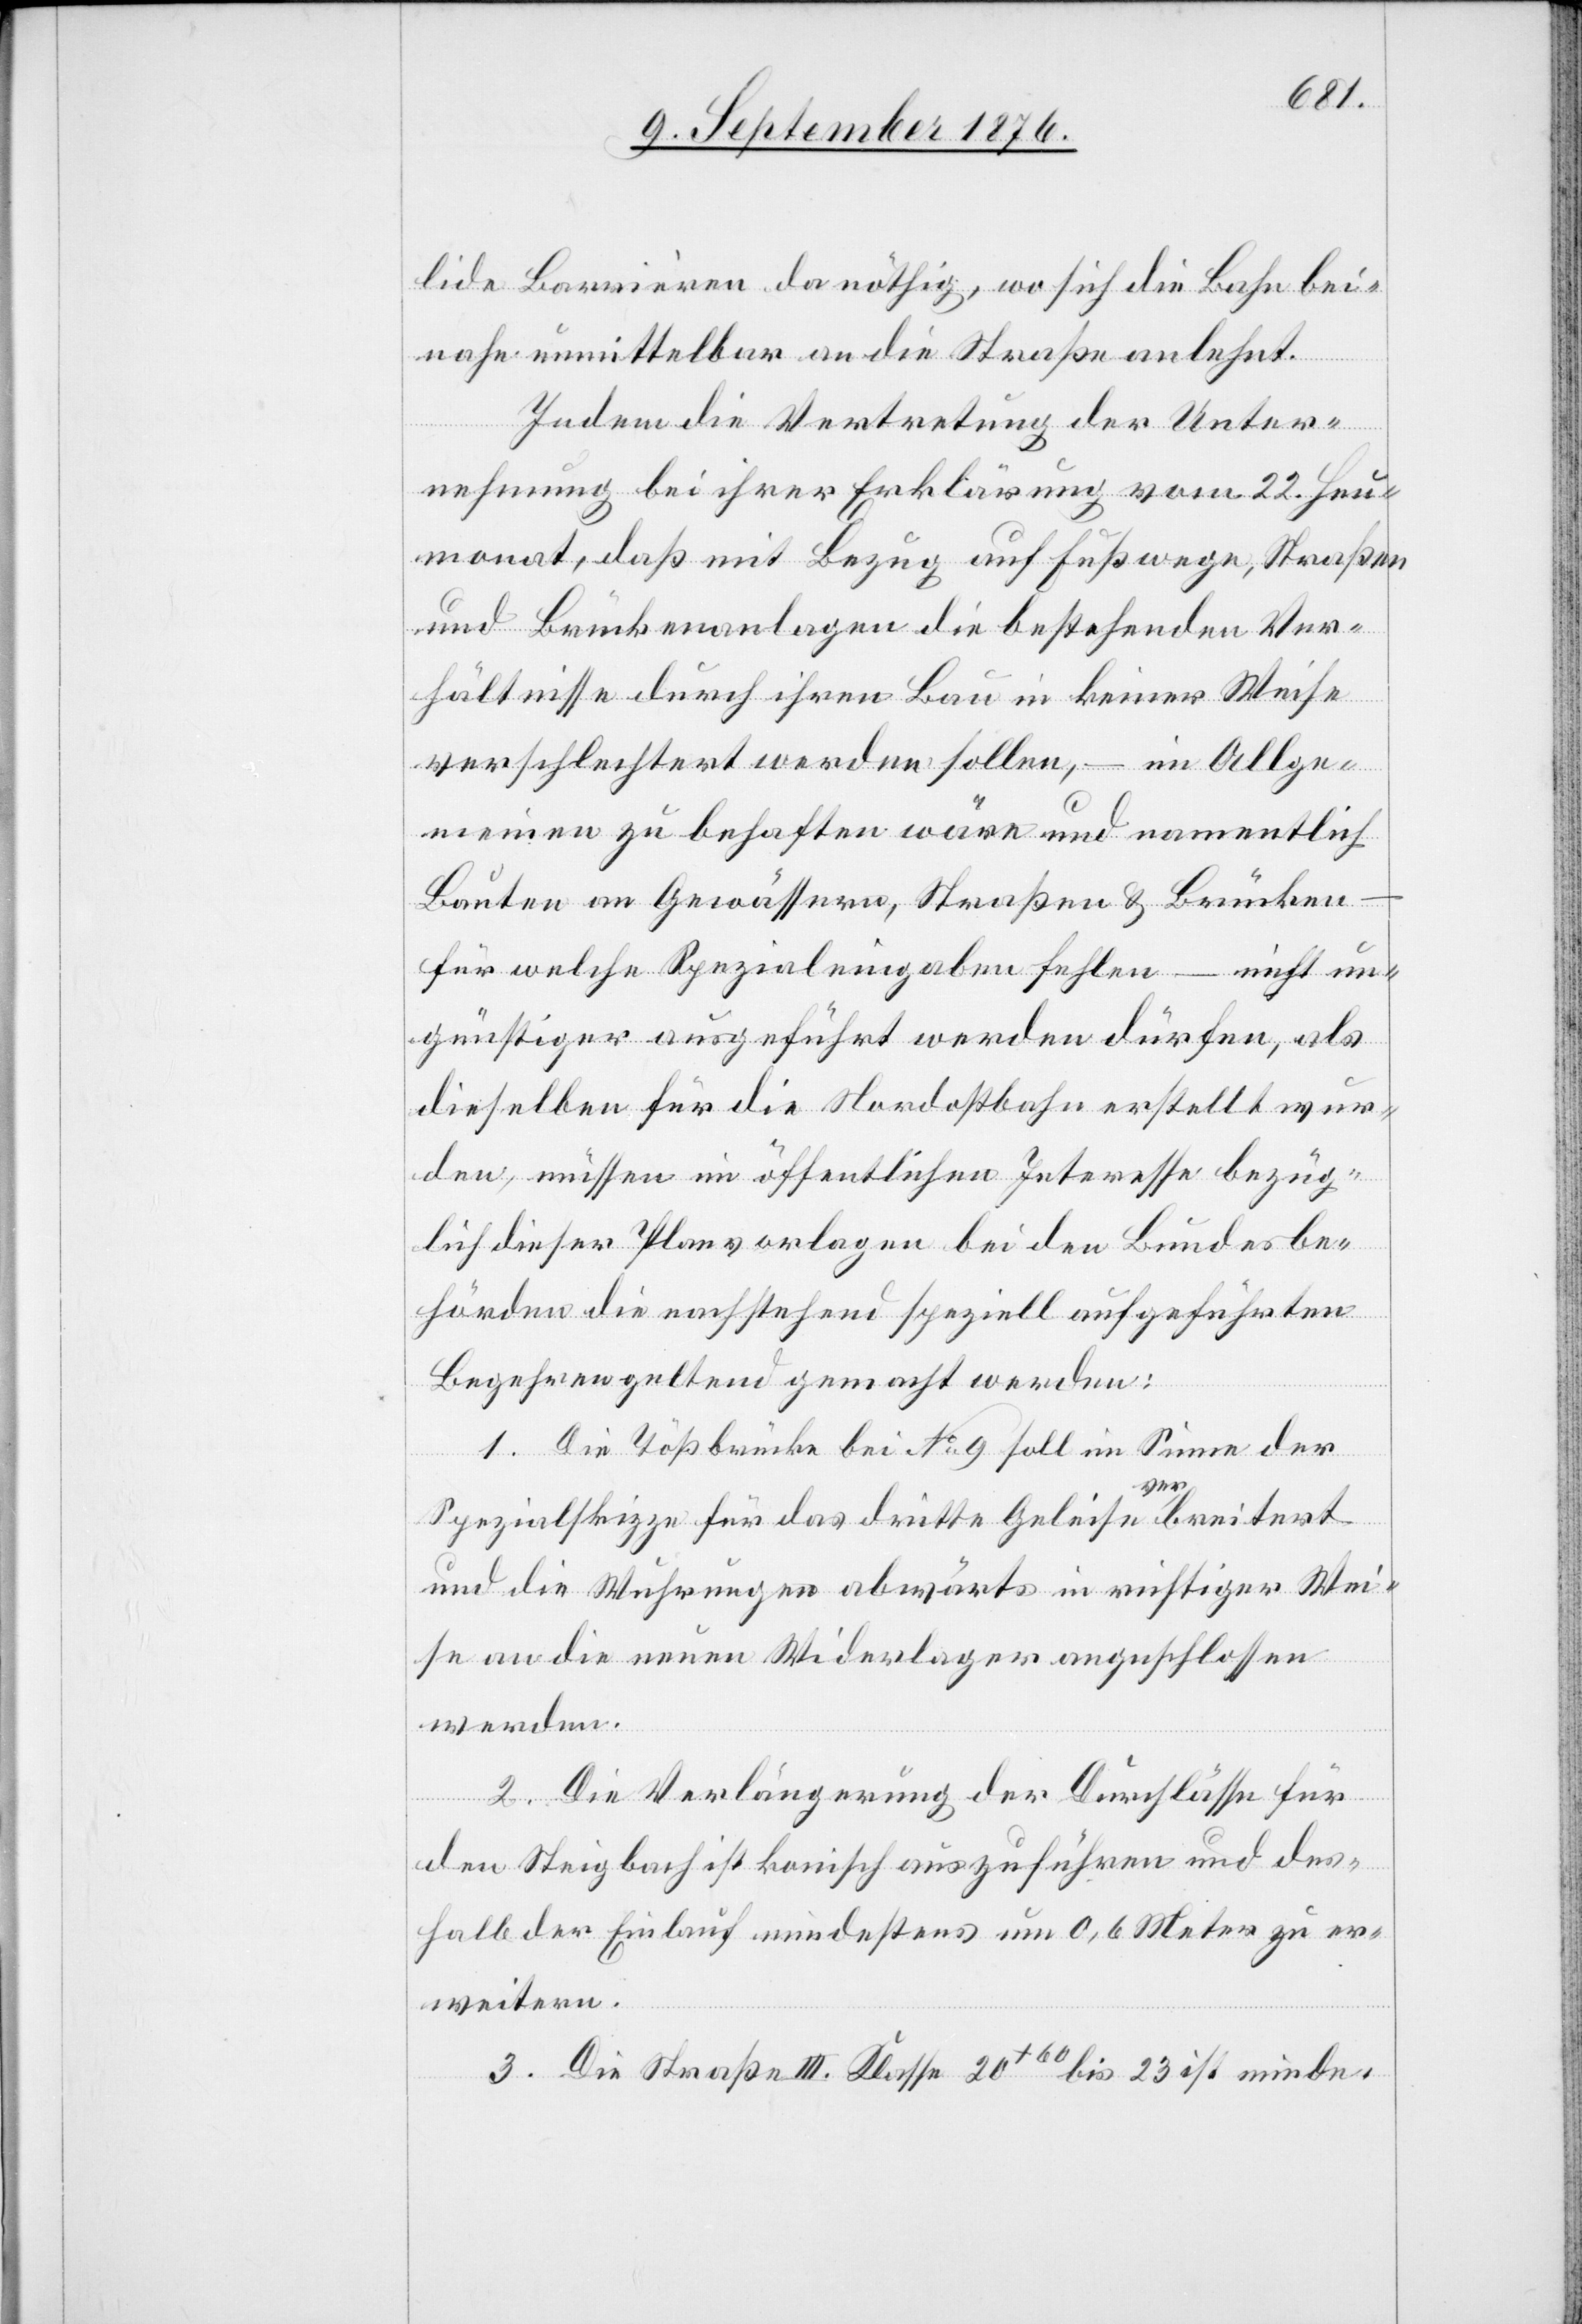
llide Barrièren da nöthig, wo sich die Bahn bei¬
nahe unmittelbar an die Straße anlehnt.
Indem die Vertretung der Unter¬
nehmung bei ihrer Erklärung vom 22. Heu¬
monat, daß mit Bezug auf Fußwege, Straßen
und Brückenanlagen die bestehenden Ver¬
hältnisse durch ihren Bau in keiner Weise
verschlechtert werden sollen, – im Allge¬
meinen zu behaften wäre und namentlich
Bauten an Gewässern, Straßen & Brücken
für welche Spezialeingaben fehlen – nicht un¬
günstiger ausgeführt werden dürfen, als
dieselben für die Nordostbahn erstellt wur¬
den, müssen im öffentlichen Interesse bezüg¬
lich dieser Planvorlagen bei den Bundesbe¬
hörden die nachstehend speziell aufgeführten
Begehren geltend gemacht werden:
1. Die Tößbrücke bei No 9 soll im Sinne der
Spezialskizze für das dritte Geleise verbreitert
und die Wuhrungen abwärts in richtiger Wei¬
se an die neuen Widerlager angeschlossen
werden.
2. Die Verlängerung der Durchlässe für
den Steigbach ist konisch auszuführen und des¬
halb der Einlauf mindestens um 0,6 Meter zu er¬
weitern.
3. Die Straße III. Klasse 20+60 bis 23 ist minde-